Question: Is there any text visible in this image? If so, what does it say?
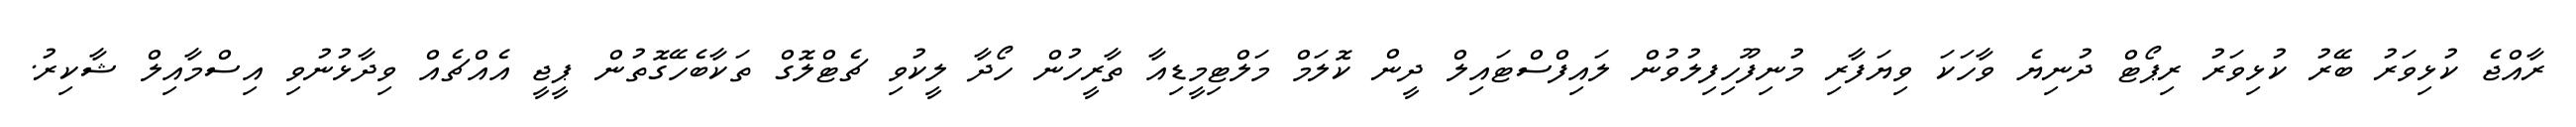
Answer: ރާއްޖެ ކުޅިވަރު ބޭރު ކުޅިވަރު ރިޕޯޓް ދުނިޔެ ވާހަކަ ވިޔަފާރި މުނިފޫހިފިލުވުން ލައިފްސްޓައިލް ދީން ކޮލަމް މަލްޓިމީޑިއާ ތާރީހުން ހޯދާ ލީކުވި ޗެޓްލޮގް ތަކާބެހޭގޮތުން ޕީޖީ އެއްޗެއް ވިދާޅުނުވި އިސްމާއިލް ޝާކިރު.